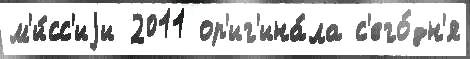
м'и́сс'иjи 2011 ор'иг'ина́ла с'его́дн'я